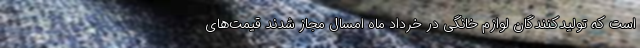
است که تولیدکنندگان لوازم خانگی در خرداد ماه امسال مجاز شدند قیمت‌های